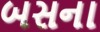
બસના